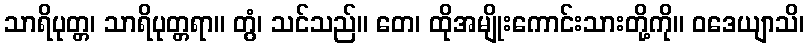
သာရိပုတ္တ၊ သာရိပုတ္တရာ။ တွံ၊ သင်သည်။ တေ၊ ထိုအမျိုးကောင်းသားတို့ကို။ ဝဒေယျာသိ၊